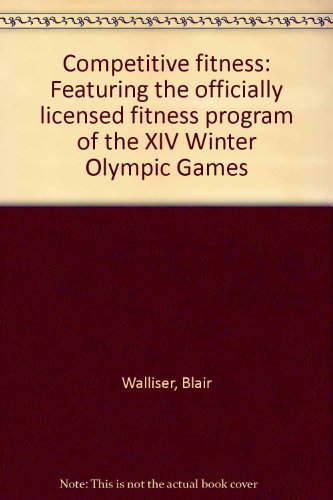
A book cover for Competitive fitness: Featuring the officially licensed fitness program of the XIV Winter Olympic Games; Blair Walliser; Sports & Outdoors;